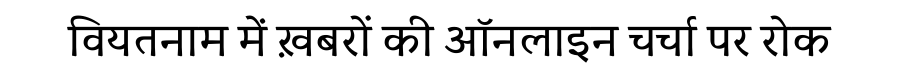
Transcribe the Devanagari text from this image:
वियतनाम में ख़बरों की ऑनलाइन चर्चा पर रोक